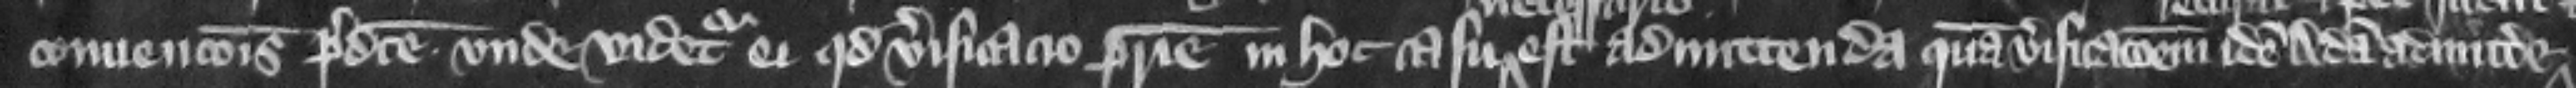
conuencionis predicte. Vnde videtur ei quod verificacio patrie in hoc casu est admittenda quam verificacionem idem Adam admittere